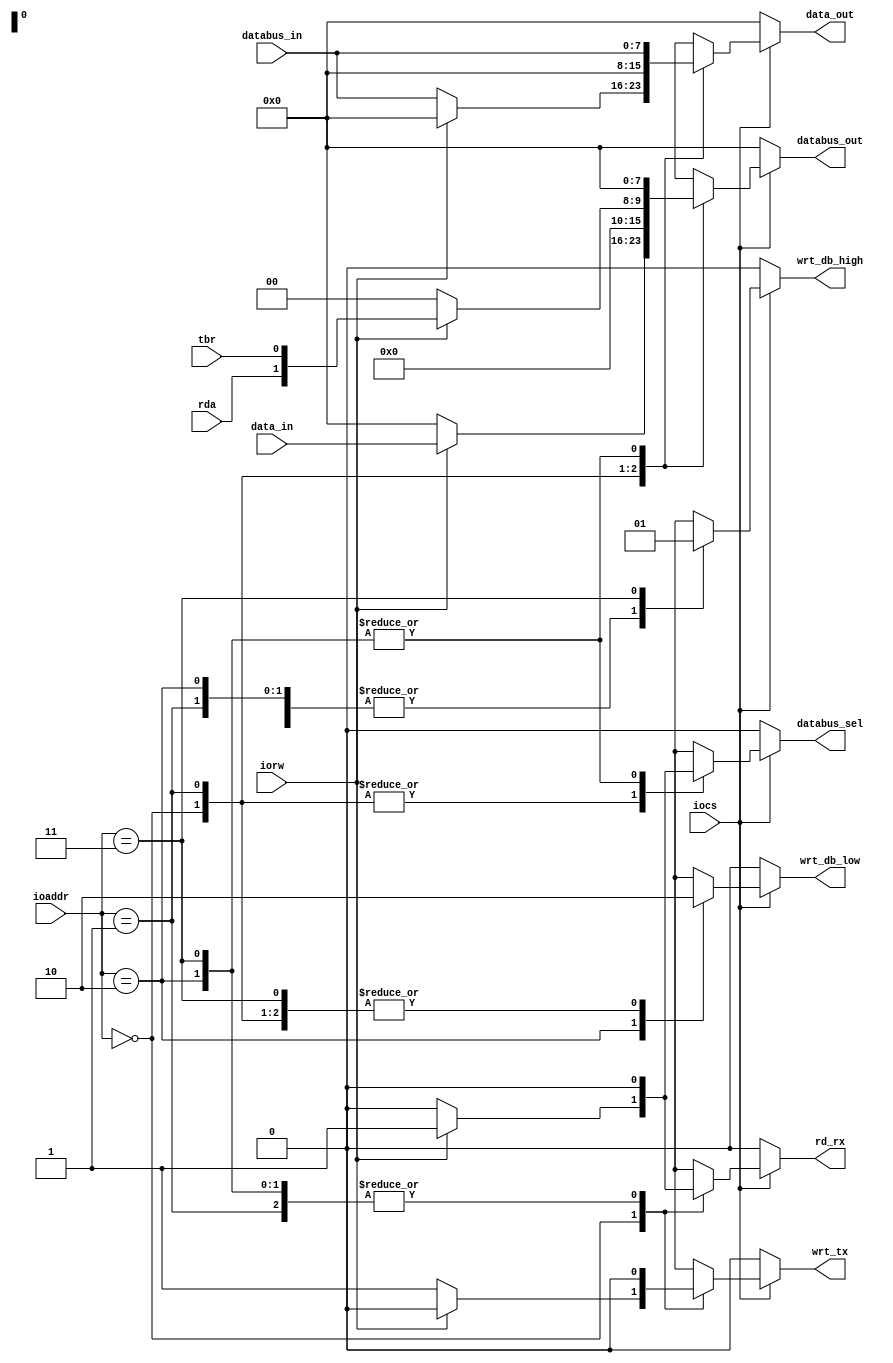
//////////////////////////////////////////////////////////////////////////////////////////
// Company: UW Madison 
// Engineers: Tim Zodrow, Manjot S Pal, Jack
// 
// Design Name: mini-spart
// Module Name:    bus_interface 
// Project Name: miniproject1
// Target Devices: FPGA
// Description: The Bus Interface constitutes a 3 state buffer which connects the SPART to 
//the DATABUS. It contains combinational logic for the selecting the lower or higher bits. 
//It utilizes IOCS and IOR/W signals to make sure that 3 state drivers don't in conflict with 
//other drivers on DATABUS.

//////////////////////////////////////////////////////////////////////////////////////////////


/////////////////////
// Inputs, outputs //
////////////////////
module bus_interface(
	input iocs,
	input iorw,
	input [1:0] ioaddr,
	input rda,
	input tbr,
	input [7:0] databus_in,
	output reg [7:0] databus_out,
	input [7:0] data_in,
	output reg [7:0] data_out,
	output reg wrt_db_low,
	output reg wrt_db_high,
	output reg wrt_tx,
	output reg rd_rx,
	output reg databus_sel
	);
	
//defaulting/initializing the signals 
	always @ (*) begin
		data_out = 8'h00;
		wrt_db_low = 0;
		wrt_db_high = 0;
		wrt_tx = 0;
		databus_sel = 0;
		databus_out = 8'h00;
		rd_rx = 0;

//getting into different cases only when chip select is high
		if(iocs) begin
			case(ioaddr)
				2'b00 : begin
					// Recieve Buffer
					if(iorw) begin
						databus_sel = 1;
						databus_out = data_in;
						rd_rx = 1;
					end
					// Transmit Buffer
					else begin
						data_out = databus_in;
						wrt_tx = 1;
					end
				end
				2'b01 : begin
					//Status register
					if(iorw) begin
						//setting the databus select high
						databus_sel = 1;
						databus_out = {6'b000000, rda, tbr};
					end
				end
				2'b10 : begin
					//low division buffer
					data_out = databus_in;
					wrt_db_low = 1;		//setting the low bits signal high to indicate to fill out the lower bits
				end
				2'b11 : begin
					//high division buffer
					data_out = databus_in;
					wrt_db_high = 1;	//setting the high bits signal high to indicate to fill out the higher bits
				end
			//ending the case statement
			endcase
		end
	end
endmodule